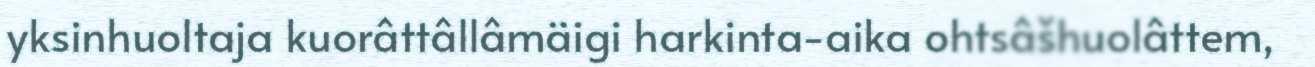
yksinhuoltaja kuorâttâllâmäigi harkinta-aika ohtsâšhuolâttem,